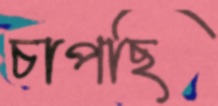
চাপছি